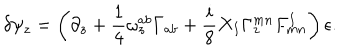
\delta \psi _ { z } = \left( \partial _ { z } + { \frac { 1 } { 4 } } \omega _ { z } ^ { a b } \Gamma _ { a b } + { \frac { i } { 8 } } X _ { I } \Gamma _ { z } ^ { m n } F _ { m n } ^ { I } \right) \epsilon .